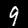
Digit: 9